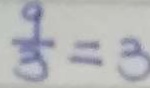
\frac { 9 } { 3 } = 3